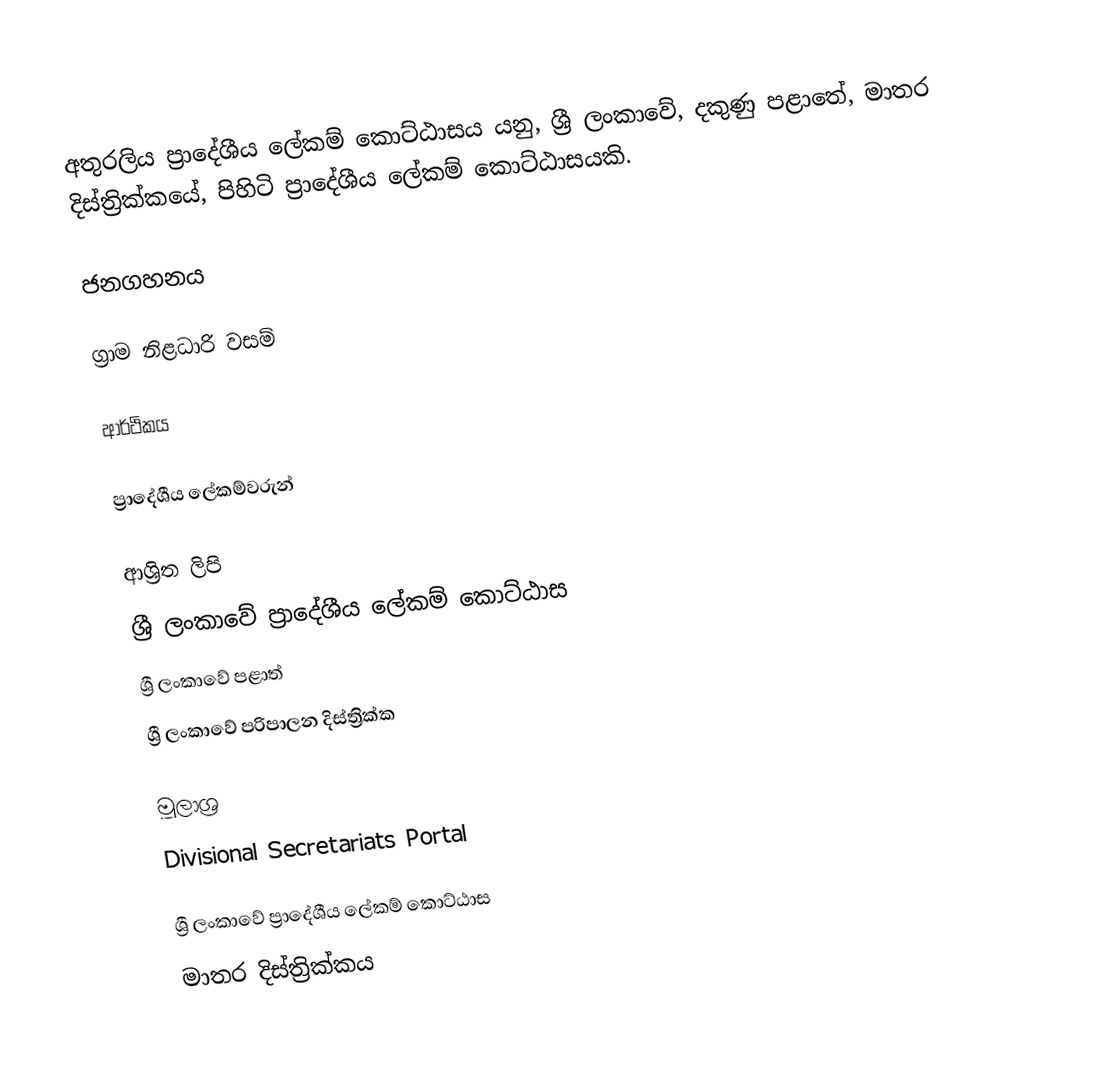
අතුරලිය ප්‍රාදේශීය ලේකම් කොට්ඨාසය යනු,  ශ්‍රී ලංකාවේ, දකුණු පළාතේ,   මාතර දිස්ත්‍රික්කයේ, පිහිටි ප්‍රාදේශීය ලේකම් කොට්ඨාසයකි.

ජනගහනය

ග්‍රාම නිළධාරි වසම්

ආර්ථිකය

ප්‍රාදේශීය ලේකම්වරුන්

ආශ්‍රිත ලිපි
ශ්‍රී ලංකාවේ ප්‍රාදේශීය ලේකම් කොට්ඨාස
ශ්‍රී ලංකාවේ පළාත්
ශ්‍රී ලංකාවේ පරිපාලන දිස්ත්‍රික්ක

මූලාශ්‍ර
 Divisional Secretariats Portal

ශ්‍රී ලංකාවේ ප්‍රාදේශීය ලේකම් කොට්ඨාස
මාතර දිස්ත්‍රික්කය